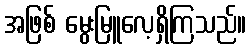
အဖြစ် မွေးမြူလေ့ရှိကြသည်။